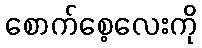
စောက်စေ့လေးကို